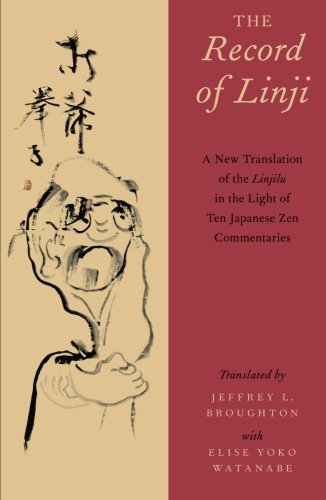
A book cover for The Record of Linji: A New Translation of the Linjilu in the Light of Ten Japanese Zen Commentaries; Religion & Spirituality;